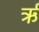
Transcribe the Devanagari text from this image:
र्ऋ